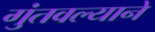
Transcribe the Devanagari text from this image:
गुंतवल्याने